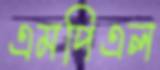
এমপিএল